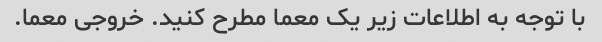
با توجه به اطلاعات زیر یک معما مطرح کنید. خروجی معما.